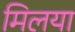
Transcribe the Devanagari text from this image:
मिलया